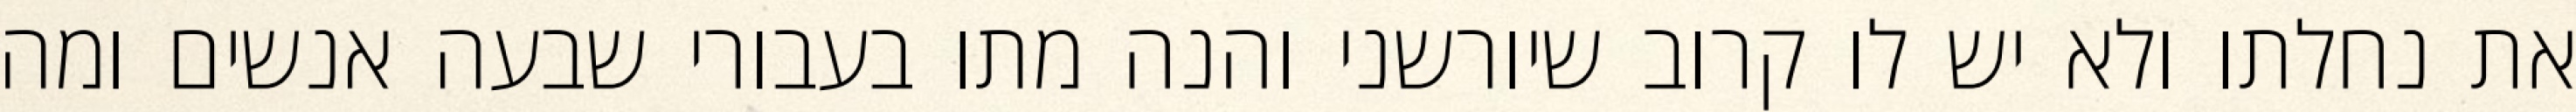
את נחלתו ולא יש לו קרוב שיורשני והנה מתו בעבורי שבעה אנשים ומה